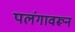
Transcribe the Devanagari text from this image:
पलंगावरून